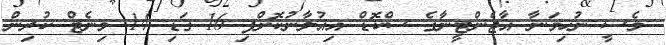
މެސީ ނުހިމަނާ އާޖެންޓީނާގެ ސްކޮޑް އިއުލާނުކޮށްފި 16 ގަޑި 14 މިނެޓް ކުރިން